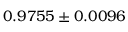
0 . 9 7 5 5 \pm 0 . 0 0 9 6